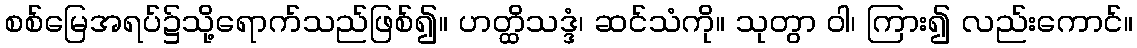
စစ်မြေအရပ်၌သို့ရောက်သည်ဖြစ်၍။ ဟတ္ထိသဒ္ဒံ၊ ဆင်သံကို။ သုတွာ ဝါ၊ ကြား၍ လည်းကောင်။